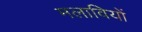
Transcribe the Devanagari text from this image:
मलावियों